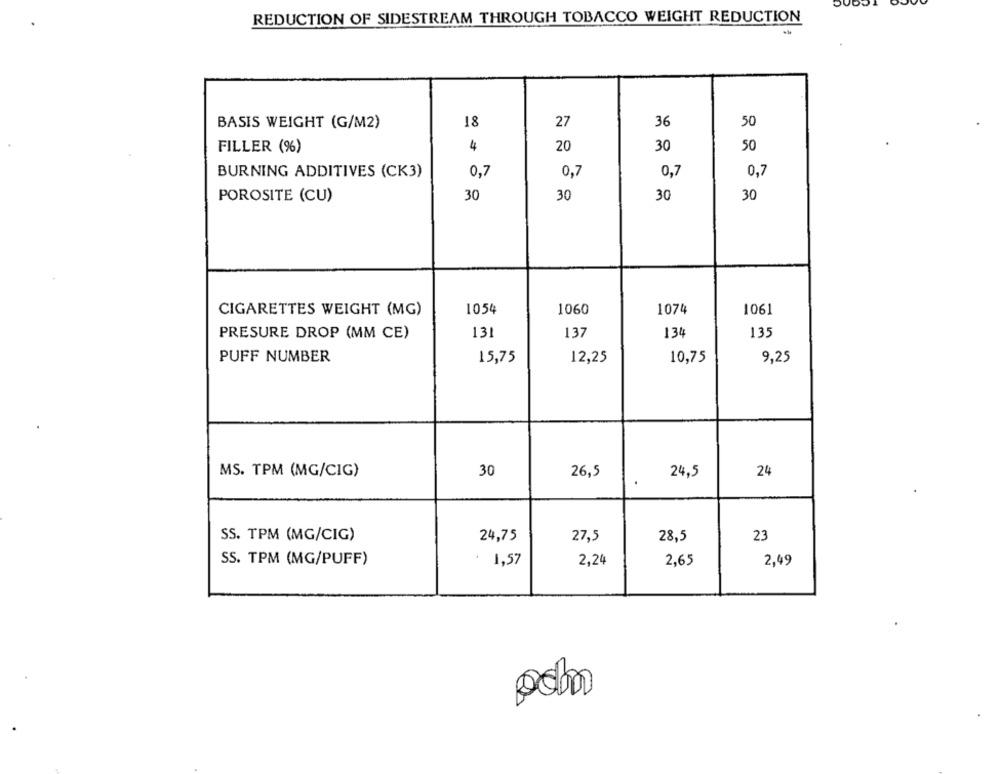
REDUCTION OF SIDESTREAM THROUGH TOBACCO WEIGHT REDUCTION
BASIS WEIGHT (G/M2)
18
27
36
50
FILLER (%)
4
20
50
30
BURNING ADDITIVES (CK3)
0,7
0,7
0,7
0,7
POROSITE (CU)
30
30
30
30
1054
1074
1061
CIGARETTES WEIGHT (MG)
1060
131
137
134
135
PRESURE DROP (MM CE)
PUFF NUMBER
15,75
12,25
10,75
9,25
MS. TPM (MG/CIG)
30
24
26,5
24,5
SS. TPM (MG/CIG)
24,75
27,5
28,5
23
SS. TPM (MG/PUFF)
1,57
2,24
2,65
2,49
poho